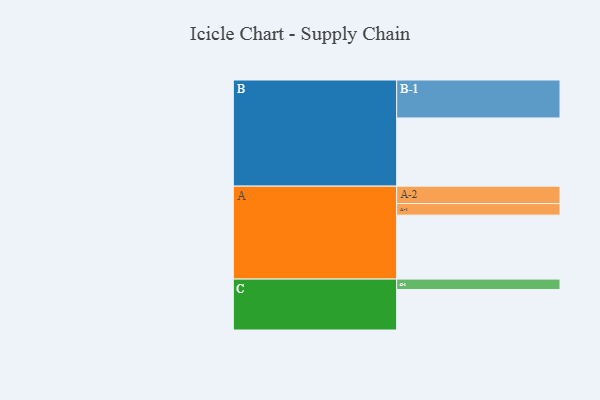
{"axis": {"x": "Segment", "y": "Value"}, "legend": ["", "A", "B", "C"], "data": [{"x": "A", "y": 499, "type": ""}, {"x": "B", "y": 532, "type": ""}, {"x": "C", "y": 316, "type": ""}, {"x": "A-1", "y": 90, "type": "A"}, {"x": "A-2", "y": 136, "type": "A"}, {"x": "B-1", "y": 296, "type": "B"}, {"x": "C-1", "y": 81, "type": "C"}]}